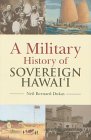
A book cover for A Military History of Sovereign Hawaii; Neil Bernard Dukas; History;